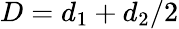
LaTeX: D=d_{1}+d_{2}/2